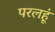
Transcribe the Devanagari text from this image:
परलहूं